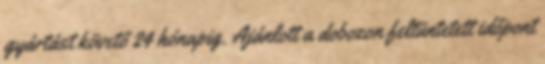
gyártást követő 24 hónapig. Ajánlott a dobozon feltüntetett időpont